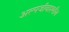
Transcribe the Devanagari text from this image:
अल्पजीवाश्मीय